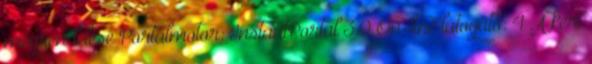
megrendelése Portálmotor: InstantPortal 3.0 On-line látogató: 4 A kert